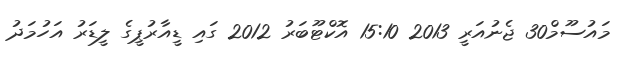
މައުސޫމް30 ޖެނުއަރީ 2013 15:10 އޮކްޓޫބަރު 2012 ގައި ޑީއާރުޕީގެ ލީޑަރު އަހުމަދު